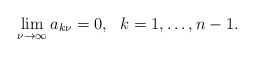
\begin{align*}\lim_{\nu\to\infty} a_{k\nu} = 0,\ \ k=1,\dots, n-1 .\end{align*}